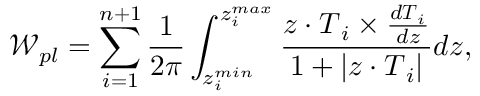
\mathcal { W } _ { p l } = \mathop { \sum _ { i = 1 } ^ { n + 1 } } \frac { 1 } { 2 \pi } \int _ { z _ { i } ^ { m i n } } ^ { z _ { i } ^ { m a x } } \frac { \boldsymbol { z } \cdot \boldsymbol { T } _ { i } \times \frac { d \boldsymbol { T } _ { i } } { d z } } { 1 + | \boldsymbol { z } \cdot \boldsymbol { T } _ { i } | } d z ,